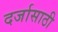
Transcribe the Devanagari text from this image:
दर्जासाठी